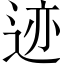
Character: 迹